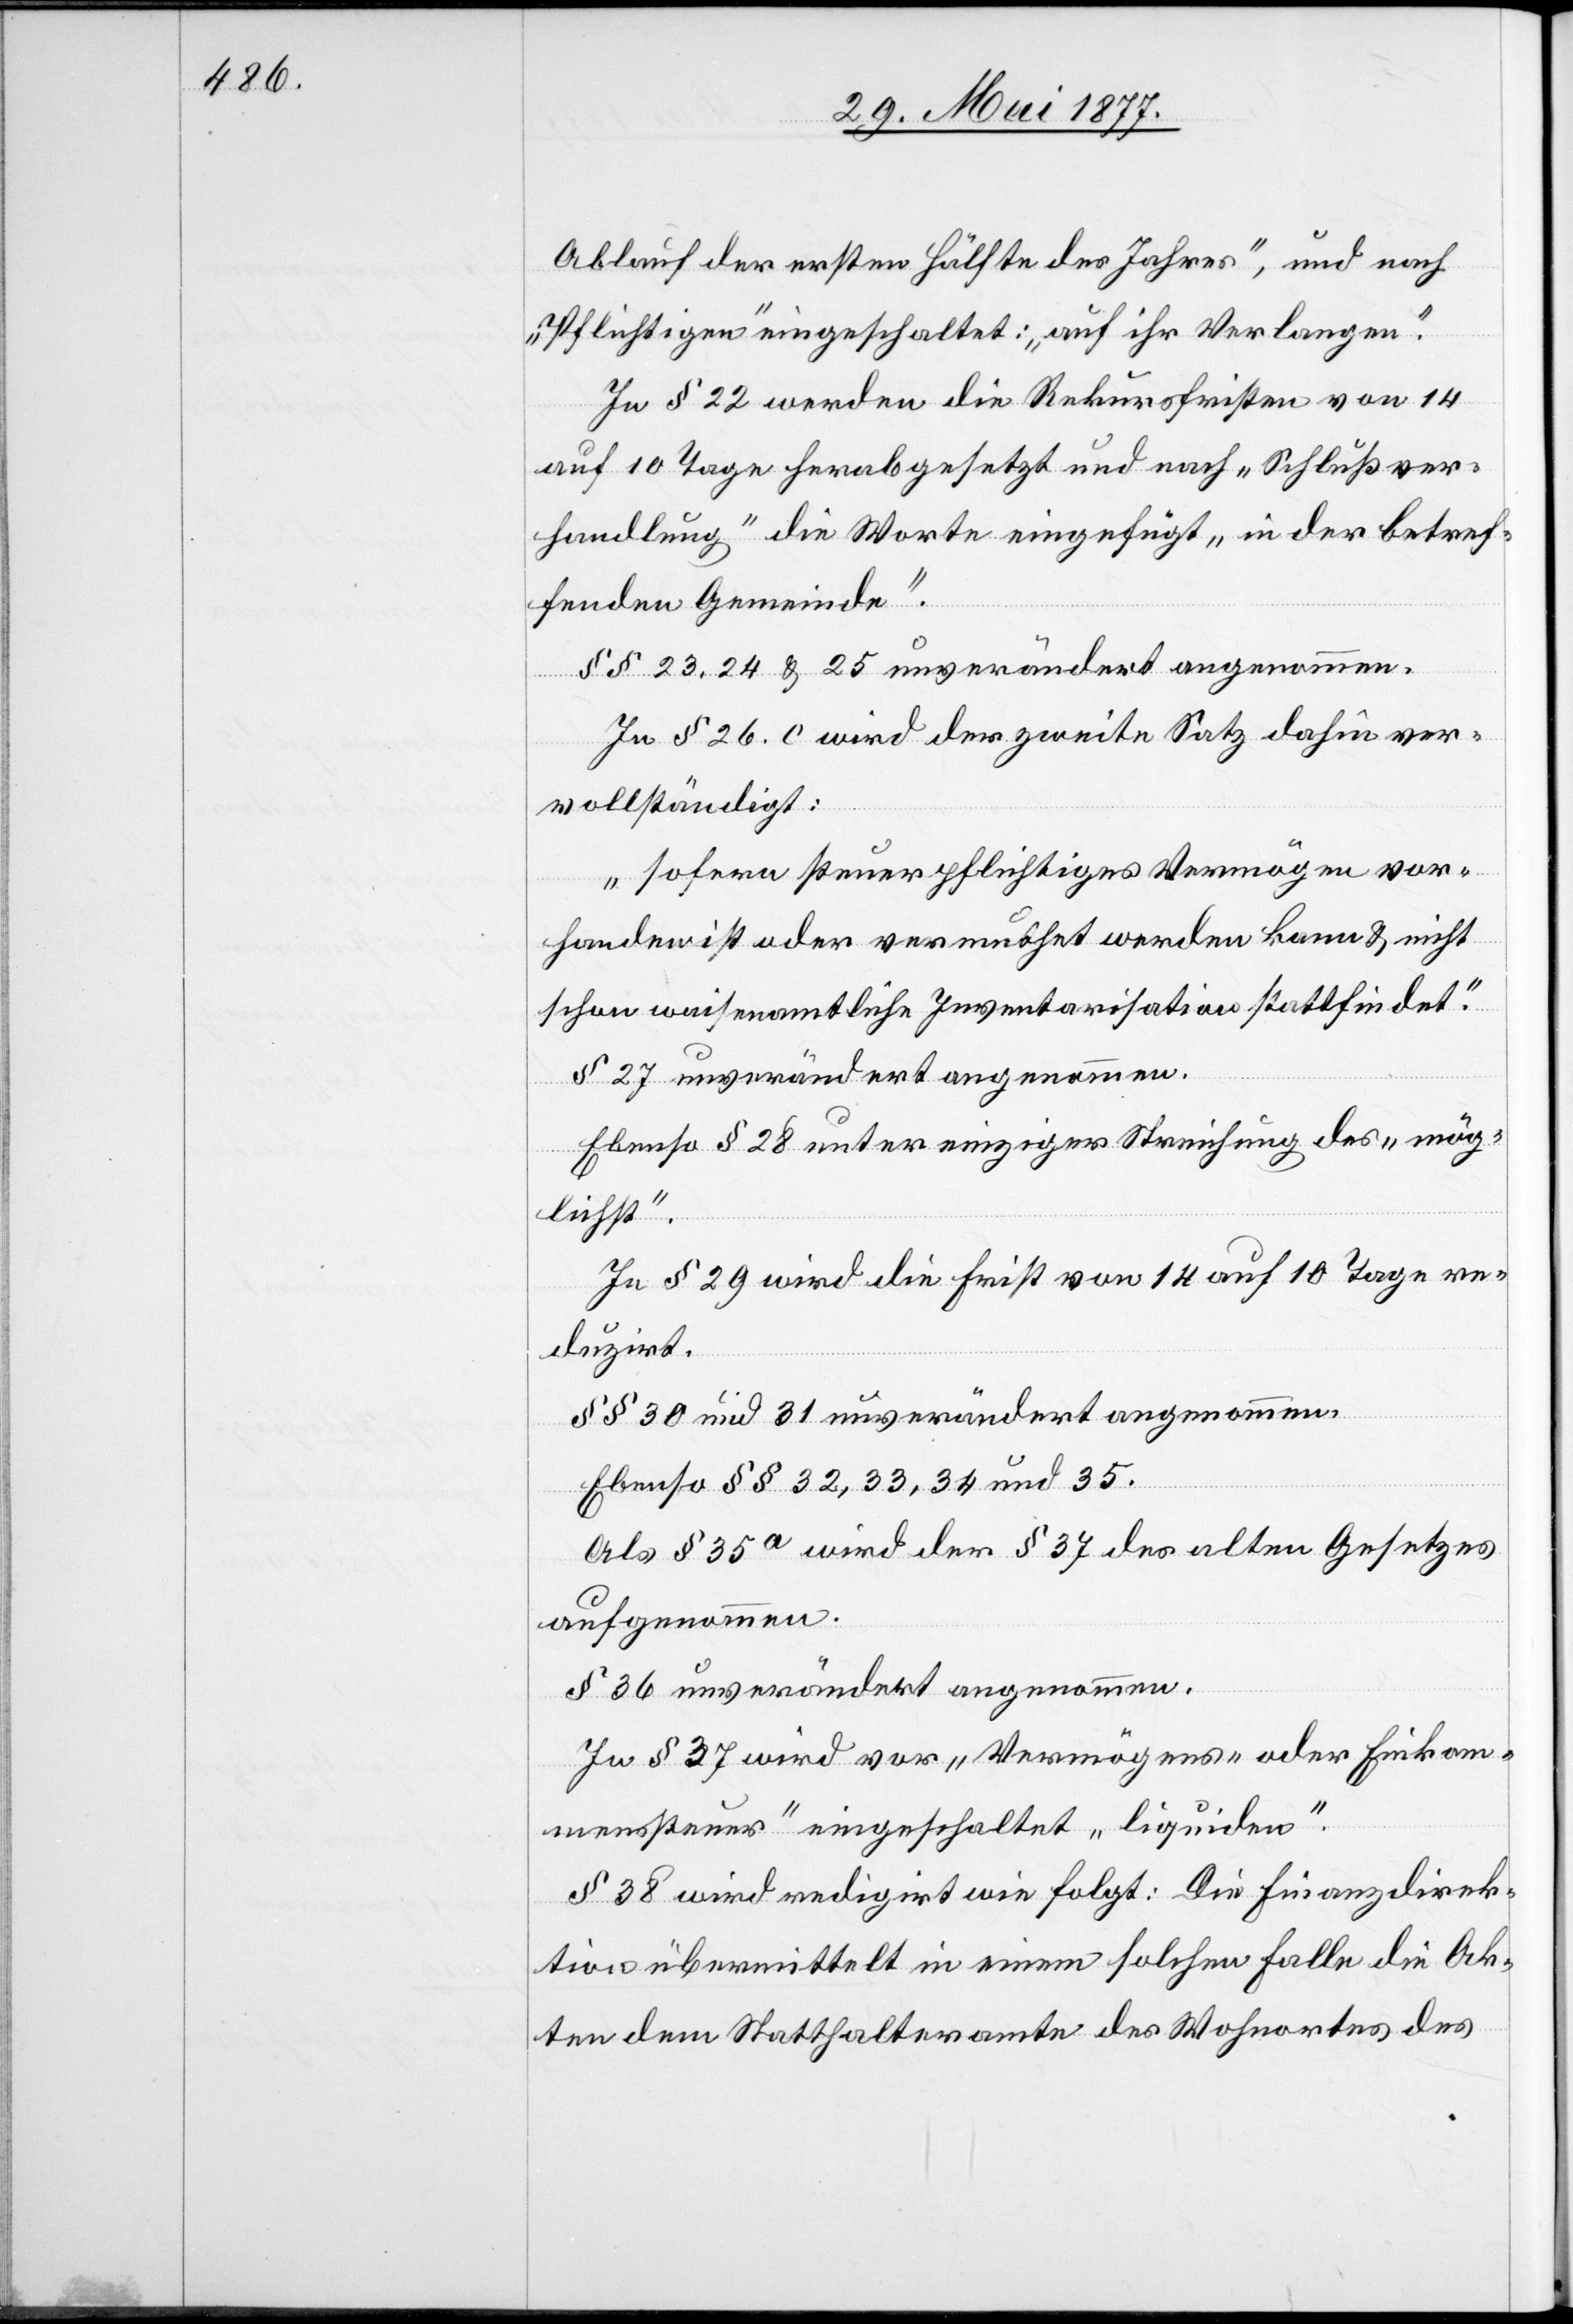
Ablauf der ersten Hälfte des Jahres“, und nach
„Pflichtigen“ eingeschaltet: „auf ihr Verlangen“.
In § 22 werden die Rekursfristen von 14
auf 10 Tage herabgesetzt und nach „Schlußver¬
handlung“ die Worte eingefügt „in der betref¬
fenden Gemeinde“.
§§ 23, 24 & 25 unverändert angenommen.
In § 26. c wird der zweite Satz dahin ver¬
vollständigt:
„sofern steuerpflichtiges Vermögen vor¬
handen ist oder vermuthet werden kann & nicht
schon waisenamtliche Inventarisation stattfindet.“
§ 27 unverändert angenommen.
Ebenso § 28 unter einziger Streichung des „mög¬
lichst“.
In § 29 wird die Frist von 14 auf 10 Tage re¬
duzirt.
§§ 30 und 31 unverändert angenommen.
Ebenso § 32, 33, 34 und 35.
Als § 35a wird der § 37 des alten Gesetzes
aufgenommen.
§ 36 unverändert angenommen.
In § 37 wird vor „Vermögens- oder Einkom¬
menssteuer“ eingeschaltet „liquiden“.
§ 38 wird reduzirt wie folgt: Die Finanzdirek¬
tion übermittelt in einem solchen Falle die Ak¬
ten dem Statthalteramte des Wohnortes des